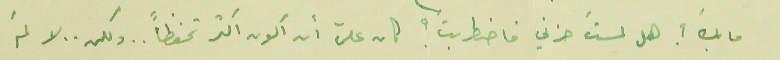
ما بكَ ؟ هل لمستَ حزني فاضطربت ؟ كان علىّ أن اكون اكثر تحفظاً .. ولكن .. لا لمَ